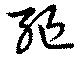
彄